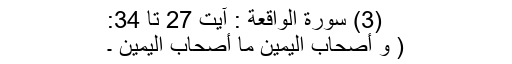
(3) سورة الواقعة : آیت 27 تا 34:
( وَ أَصْحَابُ الْیَمِیْنِ مَا أَصْحَابُ الْیَمِیْنِ ۔